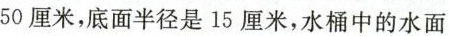
50厘米，底面半径是15厘米，水桶中的水面